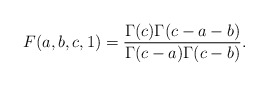
\begin{align*}F(a,b,c,1)=\frac{\Gamma(c)\Gamma(c-a-b)}{\Gamma(c-a)\Gamma(c-b)}.\end{align*}